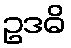
ဥဒဓိ